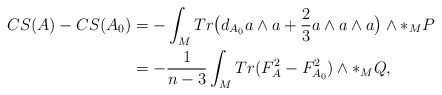
\begin{align*}CS(A)-CS(A_{0})&=-\int_{M}Tr\big{(}d_{A_{0}}a\wedge{a}+\frac{2}{3}a\wedge a\wedge a\big{)}\wedge\ast_{M}P\\&=-\frac{1}{n-3}\int_{M}Tr(F^{2}_{A}-F^{2}_{A_{0}})\wedge\ast_{M}Q,\\\end{align*}